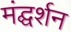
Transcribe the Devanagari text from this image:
मंद्घर्शन